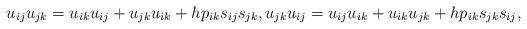
LaTeX: \begin{gather*}u_{ij}u_{jk}=u_{ik}u_{ij}+u_{jk}u_{ik}+h p_{ik}s_{ij}s_{jk}, u_{jk}u_{ij}=u_{ij}u_{ik}+u_{ik}u_{jk}+h p_{ik}s_{jk}s_{ij},\end{gather*}